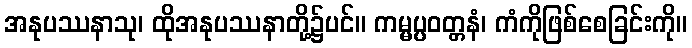
အနုပဿနာသု၊ ထိုအနုပဿနာတို့၌ပင်။ ကမ္မပ္ပဝတ္တနံ၊ ကံကိုဖြစ်စေခြင်းကို။